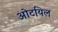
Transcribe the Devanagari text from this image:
ओटयिल